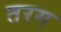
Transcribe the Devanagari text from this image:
तरग